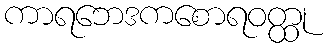
ကာရဘေဒကစောရဝတ္ထု